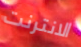
الانترنت